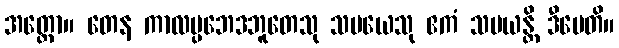
အတ္ထော။ တေန ကာလပ္ပဘေဒဘူတေသု သမယေသု ဧကံ သမယန္တိ ဒီပေတိ။